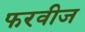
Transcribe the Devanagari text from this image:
फरवीज